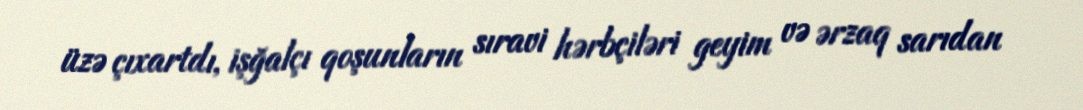
üzə çıxartdı, işğalçı qoşunların sıravi hərbçiləri geyim və ərzaq sarıdan